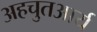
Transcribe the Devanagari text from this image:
अहचुतआर्य